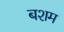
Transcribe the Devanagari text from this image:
बशम